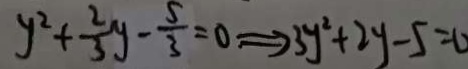
y ^ { 2 } + \frac { 2 } { 3 } y - \frac { 5 } { 3 } = 0 \Rightarrow 3 y ^ { 2 } + 2 y - 5 = 0